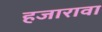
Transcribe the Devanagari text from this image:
हजारावा